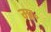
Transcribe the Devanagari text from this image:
मा॰